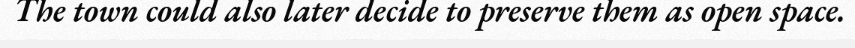
The town could also later decide to preserve them as open space.